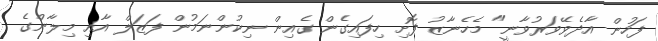
ފަހުން އާދެވޭވަރުވާނީ" މެހެނާޒު ފޮށި ހިފައިގެން ގެއިން ނިކުންނަމުން ފަޒަލް އާއި މިލާންގެ